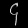
Digit: ၄